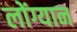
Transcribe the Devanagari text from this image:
लोंग्यान